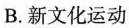
B.新文化运动